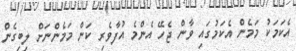
އެކަމަކު މަމެން އެކަމުގައި ވާން ޖެހޭ އެންމެ އުފާވެރި ކަން މަމެންނަށް ލިބިގެން